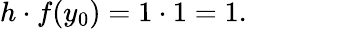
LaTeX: h\cdot f(y_{0})=1\cdot 1=1.\qquad\qquad